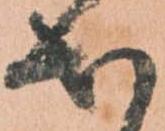
出